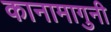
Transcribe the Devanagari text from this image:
कानामागुनी